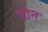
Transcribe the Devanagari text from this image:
जो़न